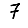
Digit: 7